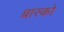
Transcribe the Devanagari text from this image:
ब्रास्को